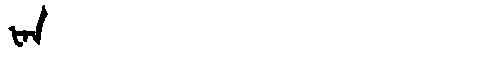
Manchu: ᡶᠠᠨ
Romanization: FAN